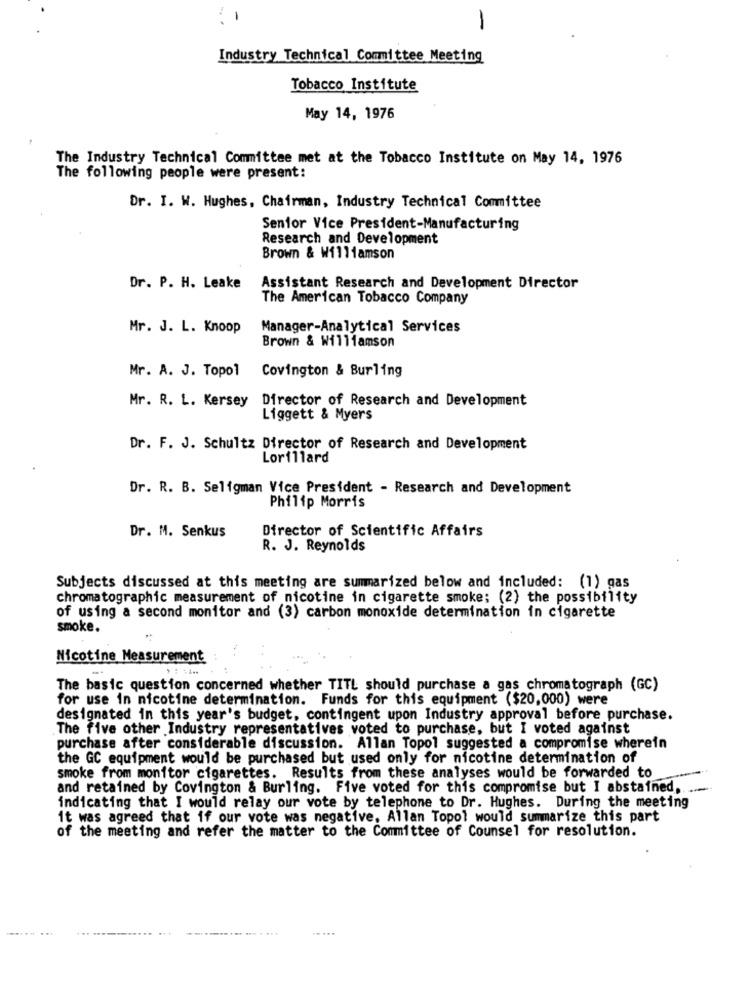
-
. .
Industry Technical Committee Meeting
Tobacco Institute
May 14, 1976
.
The Industry Technical Committee met at the Tobacco Institute on May 14, 1976
The following people were present:
Dr. I. W. Hughes, Chairman, Industry Technical Committee
Senior Vice President-Manufacturing
Research and Development
Brown & Williamson
Dr. P. H. Leake
Assistant Research and Development Director
The American Tobacco Company
Mr. J. L. Knoop
Manager-Analytical Services
Brown & Williamson
Covington & Burling
Mr. A. J. Topol
Mr. R. L. Kersey Director of Research and Development
Liggett & Myers
Dr. F. J. Schultz Director of Research and Development
Lorillard
Dr. R. B. Seligman Vice President - Research and Development
Philip Morris
Dr. M. Senkus
Director of Scientific Affairs
R. J. Reynolds
Subjects discussed at this meeting are summarized below and included: (1) gas
chromatographic measurement of nicotine in cigarette smoke; (2) the possibility
of using a second monitor and (3) carbon monoxide determination in cigarette
smoke.
Nicotine Measurement
The basic question concerned whether TITL should purchase a gas chromatograph (GC)
for use in nicotine determination. Funds for this equipment ($20,000) were
designated in this year's budget, contingent upon Industry approval before purchase.
The five other Industry representatives voted to purchase, but I voted against
purchase after considerable discussion. Allan Topol suggested a compromise wherein
the GC equipment would be purchased but used only for nicotine determination of
smoke from monitor cigarettes. Results from these analyses would be forwarded to
and retained by Covington & Burling. Five voted for this compromise but I abstained,
indicating that I would relay our vote by telephone to Dr. Hughes. During the meeting
it was agreed that if our vote was negative, Allan Topol would summarize this part
of the meeting and refer the matter to the Committee of Counsel for resolution.
--- . ...